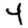
Digit: 4